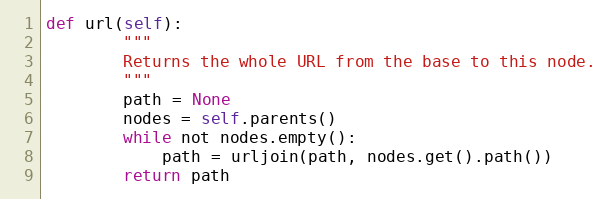
Language: Python
def url(self):
        """
        Returns the whole URL from the base to this node.
        """
        path = None
        nodes = self.parents()
        while not nodes.empty():
            path = urljoin(path, nodes.get().path())
        return path